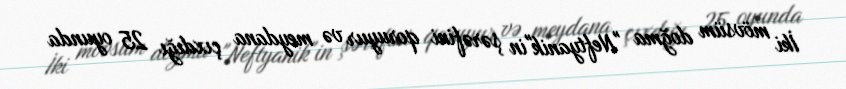
İki mövsüm doğma "Neftyanik"in şərəfini qoruyur və meydana çıxdığı 25 oyunda